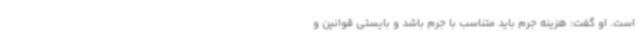
است. او گفت: هزینه جرم باید متناسب با جرم باشد و بایستی قوانین و